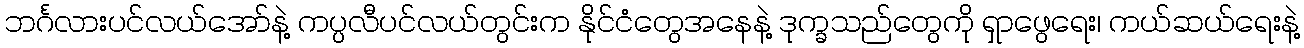
ဘင်္ဂလားပင်လယ်အော်နဲ့ ကပ္ပလီပင်လယ်တွင်းက နိုင်ငံတွေအနေနဲ့ ဒုက္ခသည်တွေကို ရှာဖွေရေး၊ ကယ်ဆယ်ရေးနဲ့